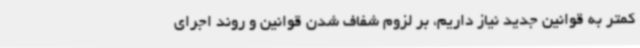
کمتر به قوانین جدید نیاز داریم، بر لزوم شفاف شدن قوانین و روند اجرای